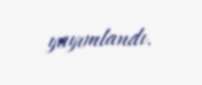
yayımlandı.